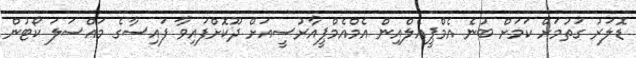
ޑޮލަރު ގަތުމަށް ކަމަށް ބުނެ އެމްޕީއެލްއިން އެމްއެމްޕީއާރުސީއަށް ދޫކޮށްފައިވާ ފައިސާގެ މައްސަލަ ކޯޓުން